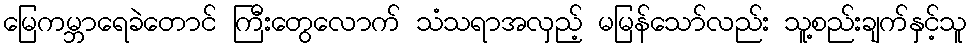
မြေကမ္ဘာရေခဲတောင် ကြီးတွေလောက် သံသရာအလှည့် မမြန်သော်လည်း သူ့စည်းချက်နှင့်သူ